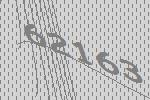
62163